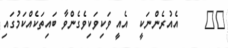
٩١     އެއުރެންނަކީ  އެއީ ވަކިވަކިވެގެންވާ ބައިތަކެއްކަމުގައި